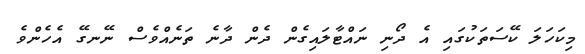
މިކަހަލަ ކޭސަތަކުގައި އެ ދޯނި ނައްޓާލައިގެން ދެން ދާނެ ތަނެއްވެސް ނޭނގޭ އެހެންވެ